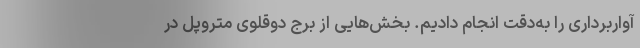
آواربرداری را به‌دقت انجام دادیم. بخش‌هایی از برج دوقلوی متروپل در